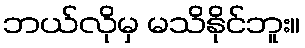
ဘယ်လိုမှ မသိနိုင်ဘူး။